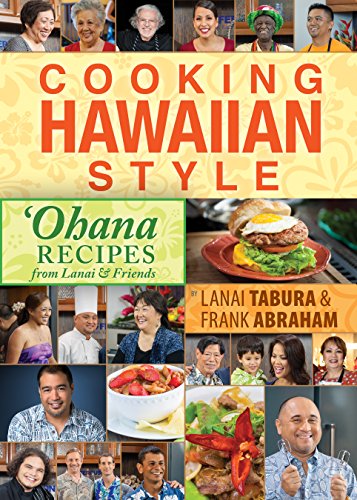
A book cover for Cooking Hawaiian Style: Ohana Recipes from Lanai & Friends; Lanai Tabura; Cookbooks, Food & Wine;